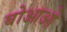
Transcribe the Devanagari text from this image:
बोआओ